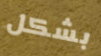
بشكل